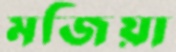
মজিয়া